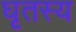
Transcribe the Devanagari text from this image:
घृतस्य